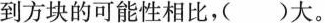
到方块的可能性相比，()大。